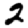
Digit: 2